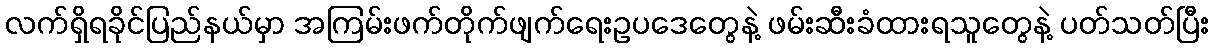
လက်ရှိရခိုင်ပြည်နယ်မှာ အကြမ်းဖက်တိုက်ဖျက်ရေးဥပဒေတွေနဲ့ ဖမ်းဆီးခံထားရသူတွေနဲ့ ပတ်သတ်ပြီး